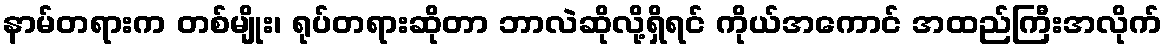
နာမ်တရားက တစ်မျိုး၊ ရုပ်တရားဆိုတာ ဘာလဲဆိုလို့ရှိရင် ကိုယ်အကောင် အထည်ကြီးအလိုက်